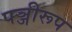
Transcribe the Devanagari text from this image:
पञ्जीरूप